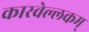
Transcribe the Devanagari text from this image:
कारवेल्लकम्‌